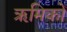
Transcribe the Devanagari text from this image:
ऋमिकों